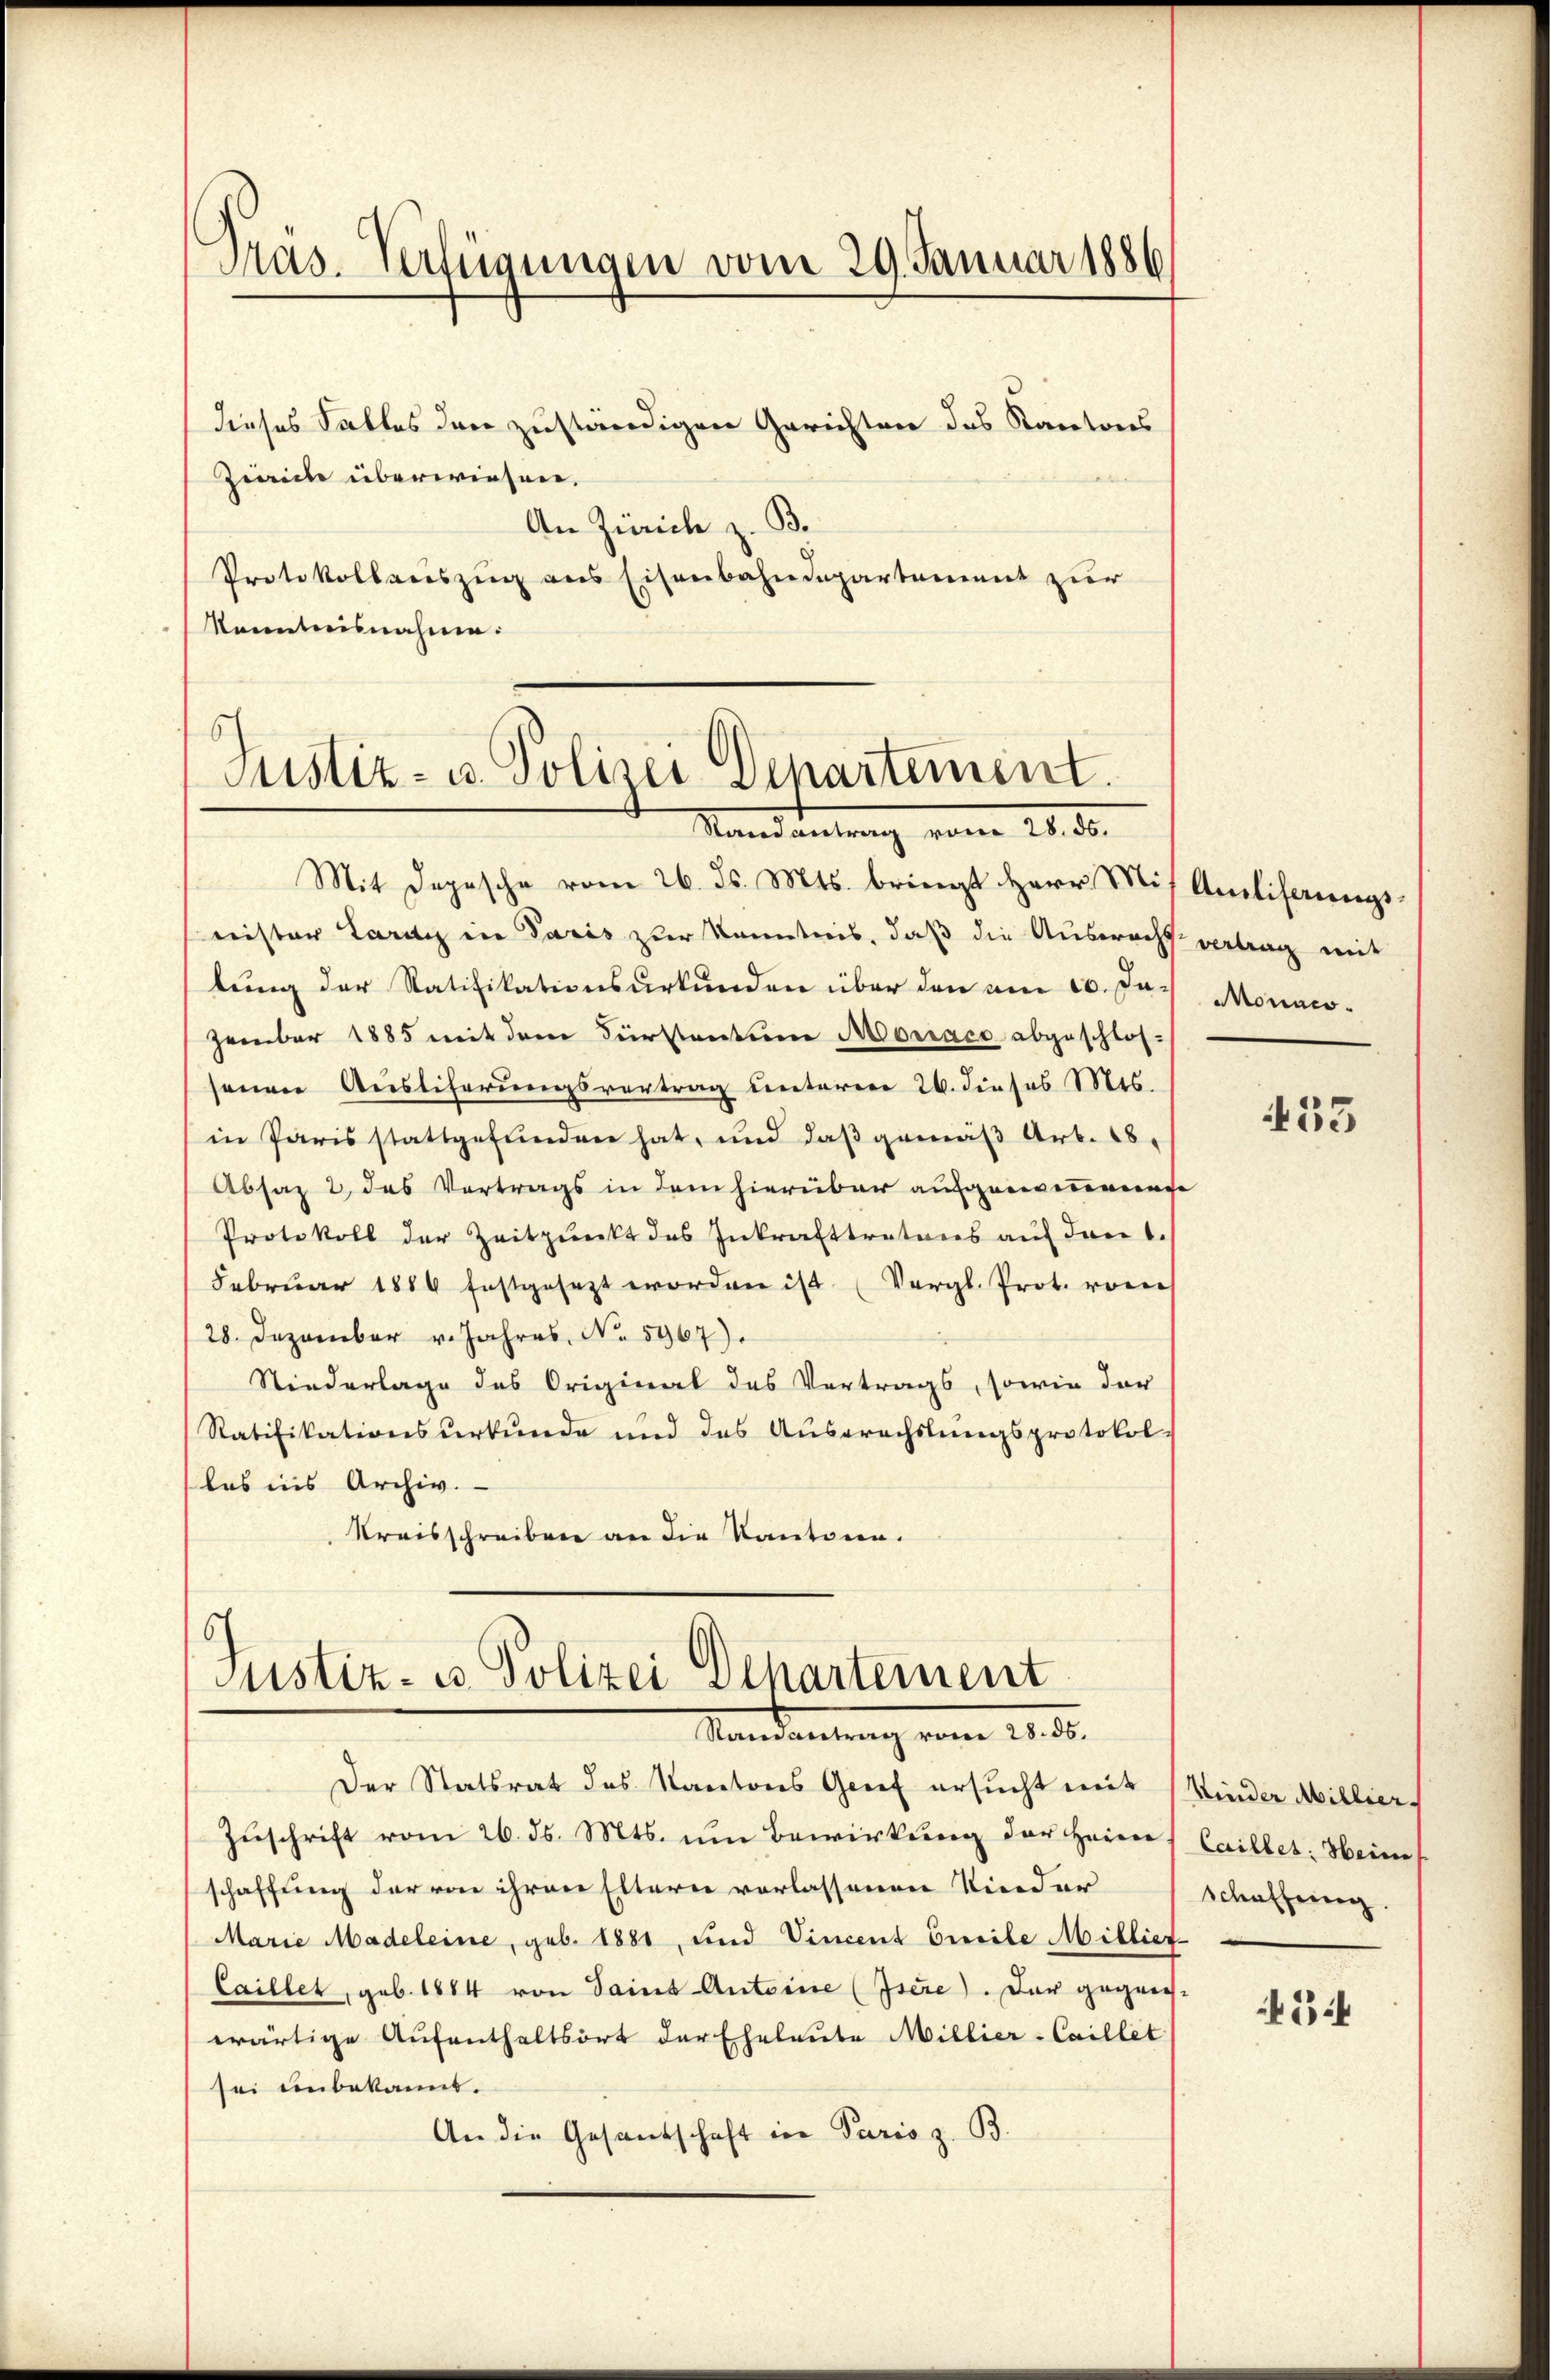
Präs. Verfügungen vom 29. Januar 1886

dieses Falles den zuständigen Gerichten des Kantons
Ziiche überwiesen.
An Zürich z. B.
Protokollauszug aus Eisenbahndepartement zur
kenntnisnahme:

Justiz- u. Polizei Departement.
Mandantung vom 28. d.

Mit Depesche vom 26. ds. Mts. bringt Herr Mit Amliferungs
nister Lardy in Paris zur Kenntnis, daß die Auswachs vertrag mit
lung der Ratifikationsurkunden über den am 10. Jazember 1885 mit dem Fürstentum Morace abgeschlos-
senen Ausliferungsvertrag unterer 26. dieses Mis.
in Paris stattgefunden hat, und daß gemäß Art. 18.
Absaz 2, das Vertrags in dem hierüber aufgenommenge
Protokoll der Zeitpunkt des Inkrafttretens auf den 1.
Februar 1884 festgesezt worden ist. (Vergl. Prot. von
28. Dezember v. Jahres, No. 5967).
Niederlage des Original des Vertrags, sowie der
Ratifikationsurkunde und des Ausprachslungsprotokol-
las ins Archiv.
Kreisschreiben an die Kantone.

Justiz- u. Polizei Departement
Mandantung vom 20. d.

Der Statsrat des Kantons Grief ersucht mit Kinder Millier
Zuschrift vom 26. ds. Mts. um Bewirkung der Heim Caillet: Heim
schaffung der von ihren Eltern verlassenen Nieder Schaffung.
Marie Madeleine, geb. 1881, und Vincent Emile Milliet-
Caillet, geb. 1884 von Saint-Antoine (Isere). Der gegenswärtige Aufenthaltsort der Eheleute Millier-Caillet
sei unbekannt.
An die Gesandschaft in Paris z. B.

Monncs.

33

3:4